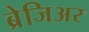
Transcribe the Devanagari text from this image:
ब्रेजिअर